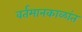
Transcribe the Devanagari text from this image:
वर्तमानकाळांत